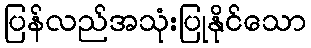
ပြန်လည်အသုံးပြုနိုင်သော